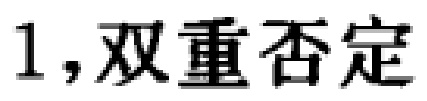
1,双重否定